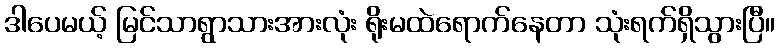
ဒါပေမယ့် မြင်သာရွာသားအားလုံး ရိုးမထဲရောက်နေတာ သုံးရက်ရှိသွားပြီ။